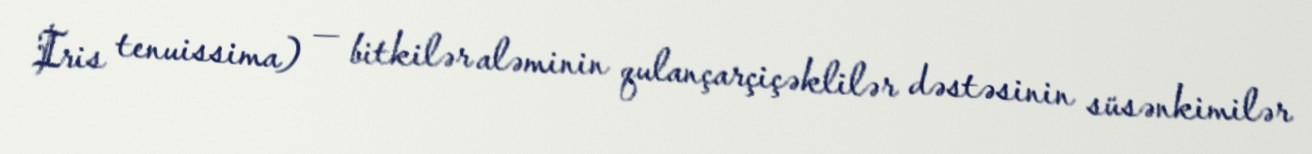
Iris tenuissima) — bitkilər aləminin qulançarçiçəklilər dəstəsinin süsənkimilər